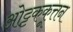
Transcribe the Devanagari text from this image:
ओट्टककूत्तन